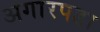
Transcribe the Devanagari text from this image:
अगारपडा